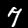
Digit: 7